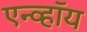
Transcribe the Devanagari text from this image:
एन्व्हॉय